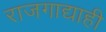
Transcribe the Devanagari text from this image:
राजगाद्याही